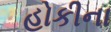
હોકીના